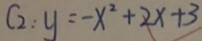
C _ { 2 } : y = - x ^ { 2 } + 2 x + 3